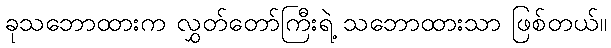
ခုသဘောထားက လွှတ်တော်ကြီးရဲ့ သဘောထားသာ ဖြစ်တယ်။